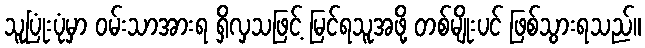
သူပြုံးပုံမှာ ဝမ်းသာအားရ ရှိလှသဖြင့် မြင်ရသူအဖို့ တစ်မျိုးပင် ဖြစ်သွားရသည်။